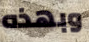
وبهذه